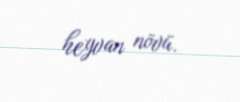
heyvan növü.